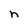
Character: n